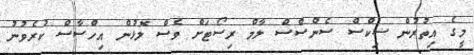
މީގެ އިތުރުން ސިކްސް ސެންސްސް ލާމް ރިސޯޓަށް ވެސް ލޮޅުން އިހްސާސް ކުރެވުނު